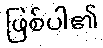
ဖြစ်ပါ၏